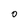
Character: 0